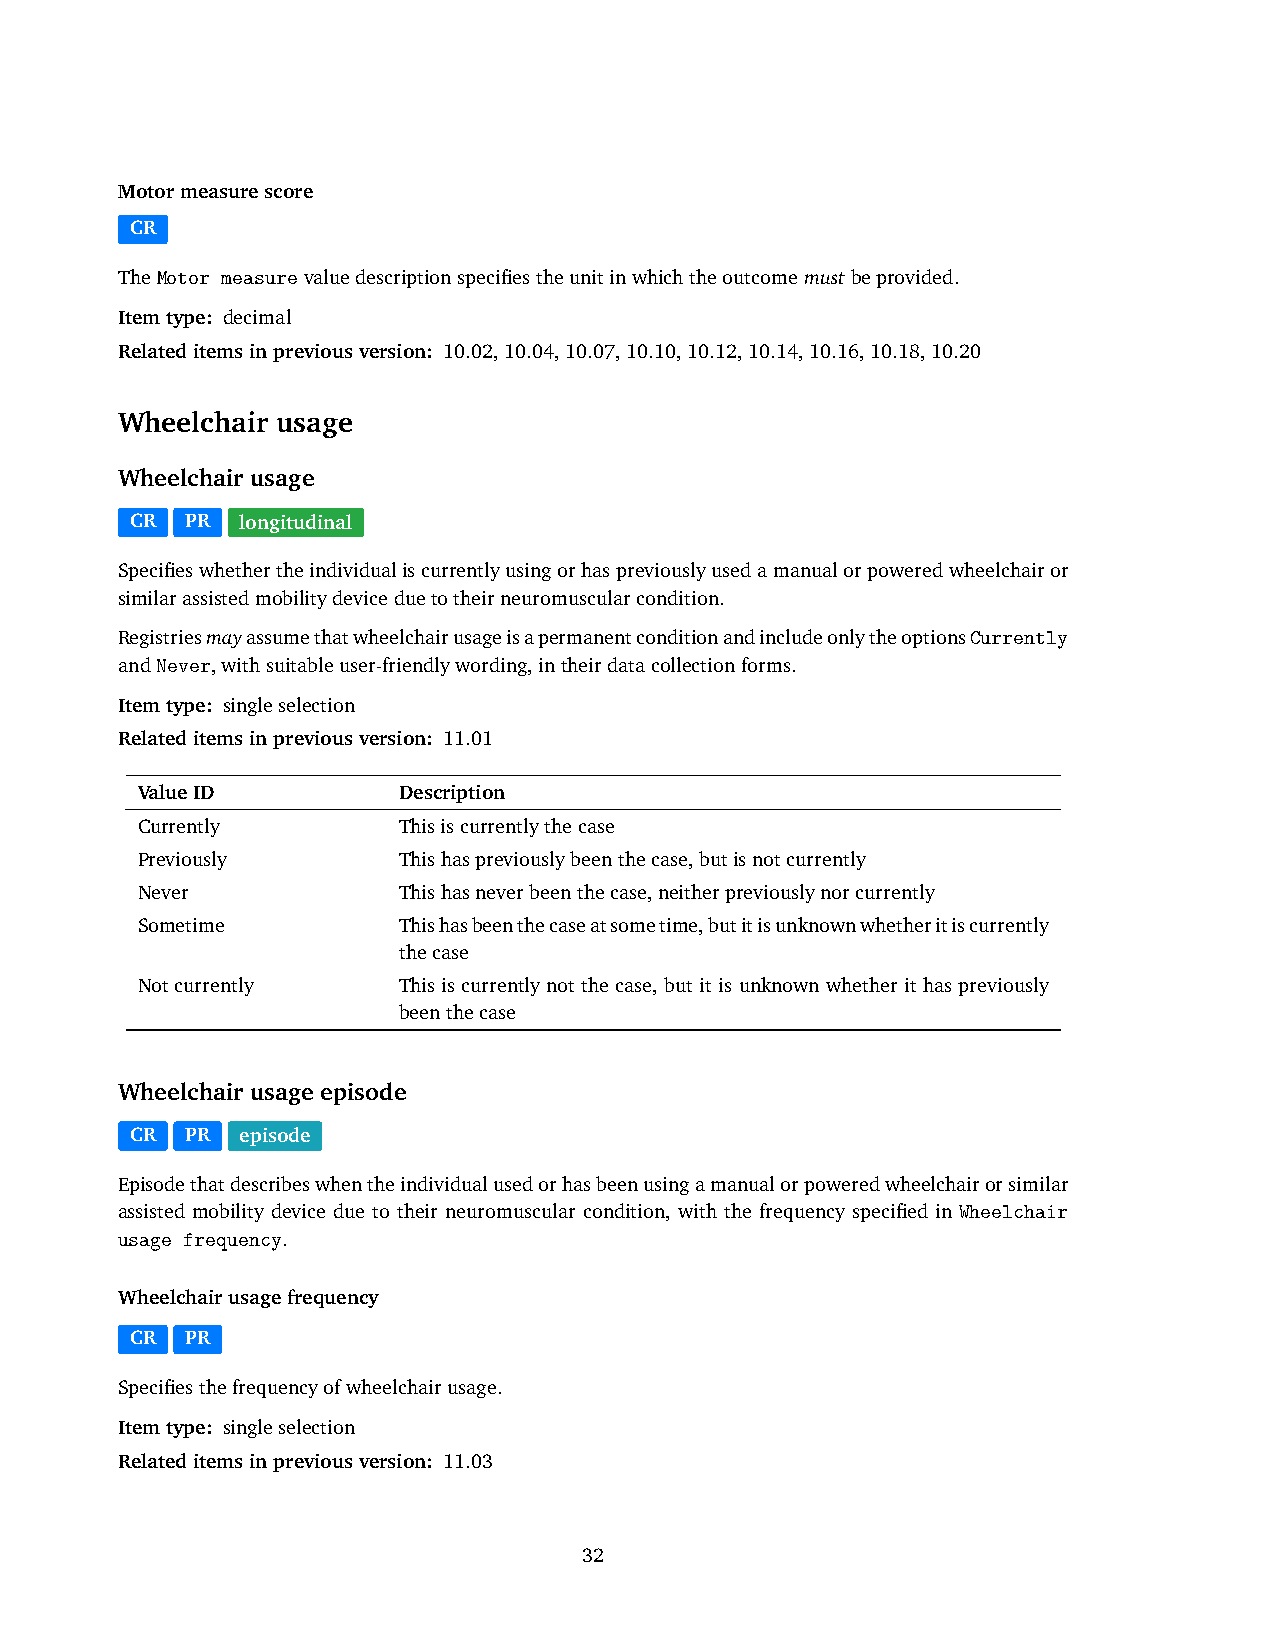
Motormeasurescore
 CR
 TheMotor measurevaluedescriptionspecifiestheunitinwhichtheoutcomemustbeprovided.
 Itemtype: decimal
 Relateditemsinpreviousversion: 10.02,10.04,10.07,10.10,10.12,10.14,10.16,10.18,10.20
 Wheelchair usage
 Wheelchair usage
 CR PR  longitudinal
 Specifieswhethertheindividualiscurrentlyusingorhaspreviouslyusedamanualorpoweredwheelchairor
 similarassistedmobilitydeviceduetotheirneuromuscularcondition.
 RegistriesmayassumethatwheelchairusageisapermanentconditionandincludeonlytheoptionsCurrently
 andNever,withsuitableuser-friendlywording,intheirdatacollectionforms.
 Itemtype: singleselection
 Relateditemsinpreviousversion: 11.01
 ValueID          Description
 Currently        Thisiscurrentlythecase
 Previously       Thishaspreviouslybeenthecase,butisnotcurrently
 Never            Thishasneverbeenthecase,neitherpreviouslynorcurrently
 Sometime         Thishasbeenthecaseatsometime,butitisunknownwhetheritiscurrently
 thecase
 Notcurrently     This is currently not the case, but it is unknown whether it has previously
 beenthecase
 Wheelchair usage episode
 CR PR  episode
 Episodethatdescribeswhentheindividualusedorhasbeenusingamanualorpoweredwheelchairorsimilar
 assisted mobility device due to their neuromuscular condition, with the frequency specified in Wheelchair
 usage frequency.
 Wheelchairusagefrequency
 CR PR
 Specifiesthefrequencyofwheelchairusage.
 Itemtype: singleselection
 Relateditemsinpreviousversion: 11.03
 32